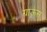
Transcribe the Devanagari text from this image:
ग्राऊस